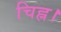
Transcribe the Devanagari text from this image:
चिह्न।